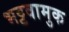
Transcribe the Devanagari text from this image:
भट्टवामुक